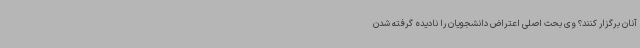
آنان برگزار کنند؟ وی بحث اصلی اعتراض دانشجویان را نادیده گرفته شدن